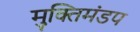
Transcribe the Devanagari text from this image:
मुक्तिमंडप